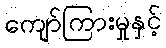
ကျော်ကြားမှုနှင့်